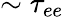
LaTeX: \sim\tau_{ee}